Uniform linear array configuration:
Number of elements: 8
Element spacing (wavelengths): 1
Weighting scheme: hamming
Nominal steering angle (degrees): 45
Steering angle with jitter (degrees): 44.641
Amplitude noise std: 0.05
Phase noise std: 0.05

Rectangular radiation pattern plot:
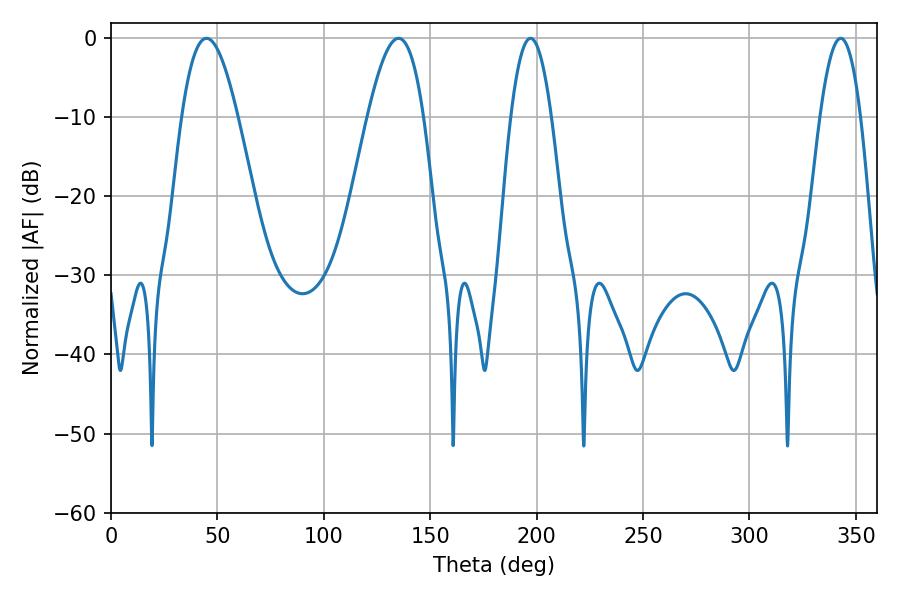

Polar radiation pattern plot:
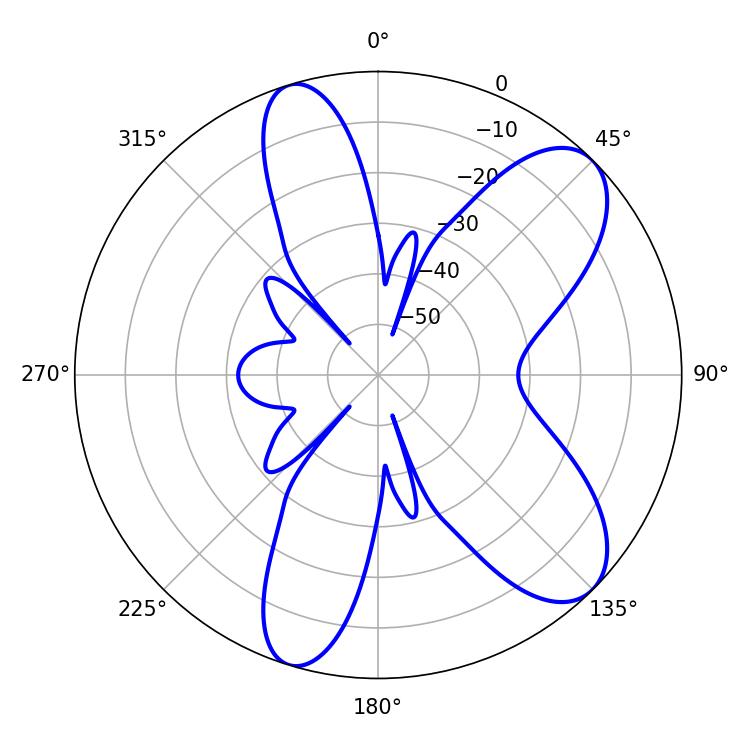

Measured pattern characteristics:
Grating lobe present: TRUE
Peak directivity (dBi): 8.695
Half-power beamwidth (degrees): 10.44
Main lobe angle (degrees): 197.1